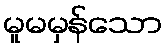
မူမမှန်သော